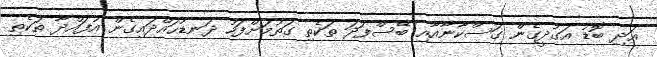
އަދި ބޮޑު އަގުދީގެން ގަސްކާނާއާއި ބޭސްފަދަ ތަކެތި ގަތުމަށްފަހު ދަނޑުހައްދައިގެން އުފައްދާ ތަކެތި